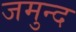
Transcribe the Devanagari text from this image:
जमुन्द